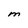
Character: M